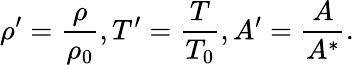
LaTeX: \rho^{\prime}=\frac{\rho}{\rho_{0}},T^{\prime}=\frac{T}{T_{0}},A^{\prime}=\frac{A}{A^{*}}.